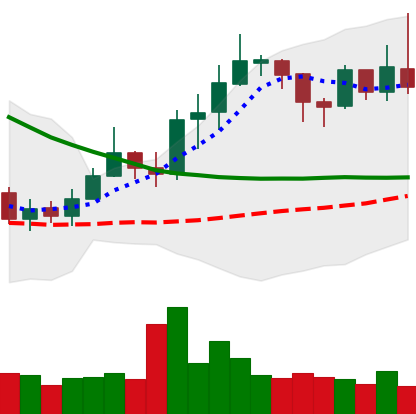
Ticker: ETC-USD
Chart end date: 2019-03-30
Forward return: 11.917%
Label: up_7plus